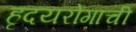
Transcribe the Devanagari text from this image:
हृदयरोगाची